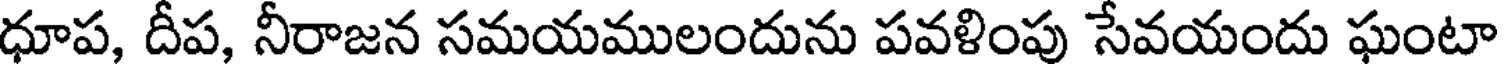
ధూప, దీప, నీరాజన సమయములందును పవళింపు సేవయందు ఘంటా